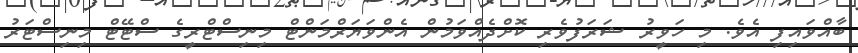
ބާއްވައިފި އެވެ. މި ހަވީރު ޝަރަފުވެރި ކޮށްދެއްވަމުން އެންވަޔަރްމަންޓް މިނިސްޓްރީގެ ސްޓޭޓް މިނިސްޓަރު